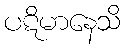
ပဋိမာနေသိ